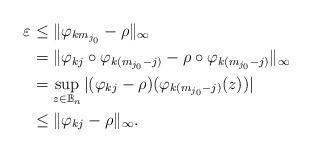
LaTeX: \begin{align*} \varepsilon &\leq \|\varphi_{km_{j_0}}-\rho\|_\infty\\ &=\|\varphi_{kj}\circ \varphi_{k(m_{j_0}-j)}-\rho\circ \varphi_{k(m_{j_0}-j)}\|_\infty\\&=\sup_{z\in \mathbb{B}_n}|(\varphi_{kj}-\rho)( \varphi_{k(m_{j_0}-j)}(z))|\\& \leq \|\varphi_{kj}-\rho\|_\infty. \end{align*}